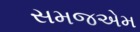
સમજએમ